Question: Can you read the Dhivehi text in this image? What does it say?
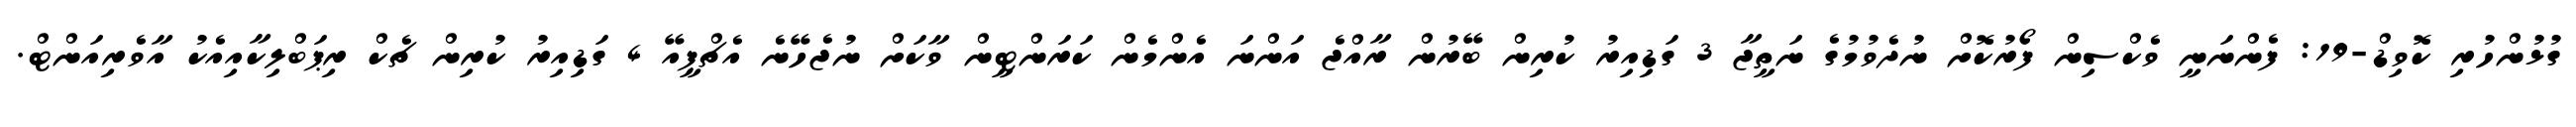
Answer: ގުޅުންހުރި ކޮވިޑް-19: ފެންނަނީ ވެކްސިން ފޯރުކޮށް ނުދެވުމުގެ ނަތީޖާ 3 ގަޑިއިރު ކުރިން ބޭރުން ރާއްޖެ އަންނަ އެންމެން ކަރަންޓީން ވާކަށް ނުޖެހޭނެ އެޗްޕީއޭ 4 ގަޑިއިރު ކުރިން ޗެކް ރިޕަބްލިކާއިއެކު އާވެރިއަންޓް.